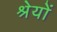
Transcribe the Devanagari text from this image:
श्रेयों